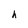
Character: h